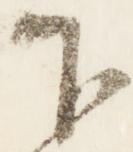
下